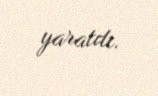
yaratdı.